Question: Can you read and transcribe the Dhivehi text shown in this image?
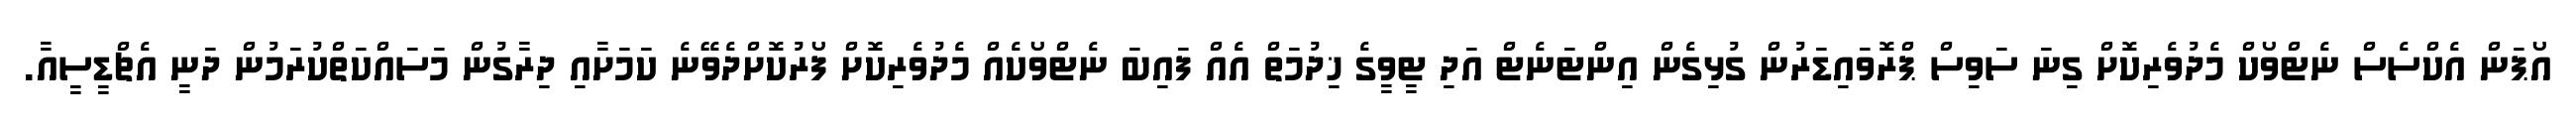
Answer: އޯޕަން އެކްސެސް ނެޓްވޯކް މެދުވެރިކޮށް ގިނަ ސަވިސް ޕްރޮވައިޑަރުން ގުޅިގެން އިންޓަނެޓް އަދި ޓީވީގެ ޚިދުމަތް އެއް ފައިބަ ނެޓްވޯކެއް މެދުވެރިކޮށް ފޯރުކޮށްދެވޭނެ ކަމަށާއި ދިރާގުން މަސައްކަތްކުރަމުން ދަނީ އެޗްޑީސީއާ.